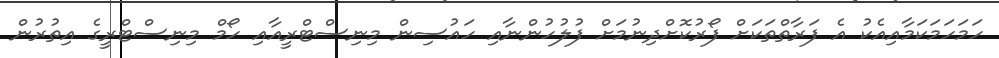
ހަމަހަމަކަމާއިއެކު އެ ފަރާތްތަކަށް ފޯރުކޮށްދިނުމަށް ފުލުހުންނާއި ހައުސިން މިނިސްޓްރީއާއި ހޯމް މިނިސްޓްރީގެ އިތުރުން